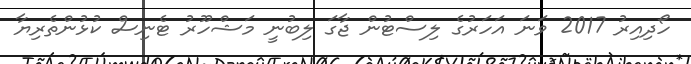
ހޯދިއިރު 2017 ވަނަ އަހަރުގެ ލިސްޓުން ޖާގަ ލިބުނީ މަޝްހޫރު ޓެނިސް ކުޅުންތެރިޔާ